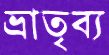
ভ্রাতৃব্য